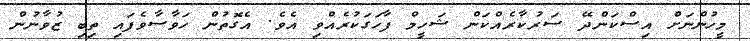
މީހުންނަށް އިސްކަންދޭ ސަރުކާރެއްކަން ޝަހީމް ފާހަގަކުރެއްވި އެވެ. އެގޮތުން ހަވާސާވެފައި ތިބި ޒުވާނުން